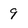
Character: 9